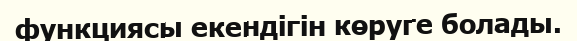
функциясы екендігін көруге болады.